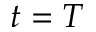
t = T